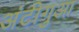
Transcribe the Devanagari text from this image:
अंटीगुआ